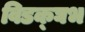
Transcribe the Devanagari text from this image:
विडक्घभ